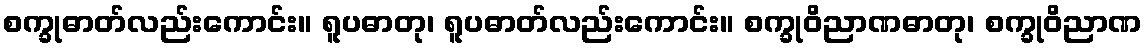
စက္ခုဓာတ်လည်းကောင်း။ ရူပဓာတု၊ ရူပဓာတ်လည်းကောင်း။ စက္ခုဝိညာဏဓာတု၊ စက္ခုဝိညာဏ